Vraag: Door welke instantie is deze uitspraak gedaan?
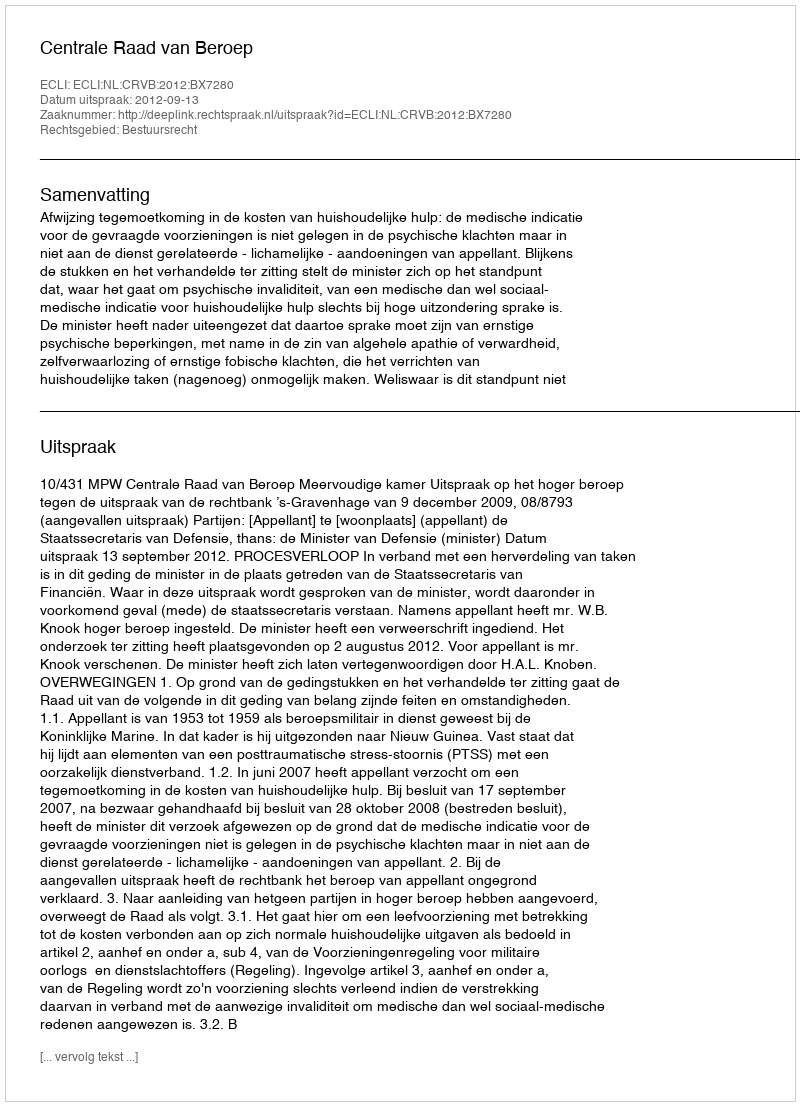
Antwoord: Centrale Raad van Beroep